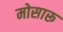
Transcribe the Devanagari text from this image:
मोसारू